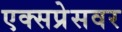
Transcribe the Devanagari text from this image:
एक्सप्रेसवर